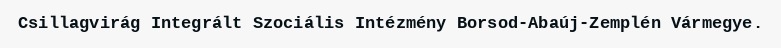
Csillagvirág Integrált Szociális Intézmény Borsod-Abaúj-Zemplén Vármegye.